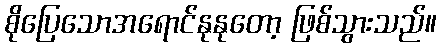
စိုပြေသောအရောင်နုနုတော့ ဖြစ်သွားသည်။